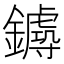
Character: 𨮡